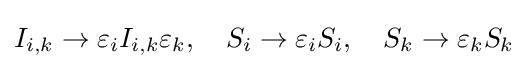
I_{i,k}\to \varepsilon _{i}I_{i,k}\varepsilon _{k},\quad S_{i}\to \varepsilon _{i}S_{i},\quad S_{k}\to \varepsilon _{k}S_{k}